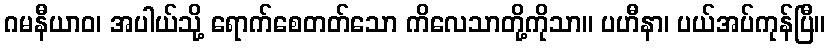
ဂမနီယာဝ၊ အပါယ်သို့ ရောက်စေတတ်သော ကိလေသာတို့ကိုသာ။ ပဟီနာ၊ ပယ်အပ်ကုန်ပြီ။